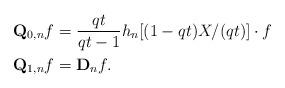
LaTeX: \begin{align*}\mathbf{Q}_{0, n} f &= \frac{qt}{qt-1} h_n[(1-qt)X/(qt)] \cdot f \\\mathbf{Q}_{1, n} f &= \mathbf{D}_n f .\end{align*}